Lunatic asylums in Bengal annual reports 1888-1898 - 1888-1898
Year: 1888
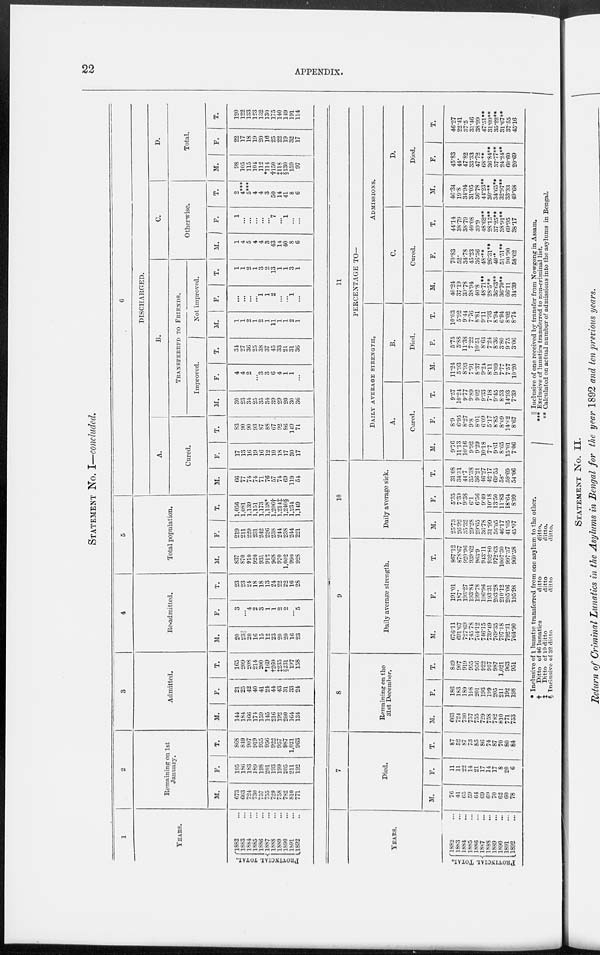
22
APPENDIX.
STATEMENT No. I—concluded.
1
YEARS.
PROVINCIAL TOTAL.
1882 ...
1883 ...
1884 ...
1885 ...
1886 ...
1887 ...
1888 ...
1889 ...
1890 ...
1891 ...
1892 ...
2
Remaining on 1st
January.
M.
673
663
724
730
757
755
729
758
782
810
771
F.
195
186
183
189
198
201
193
199
205
211
192
T.
868
849
907
919
955
956
922
957
987
1,021
963
3
Admitted.
M.
144
184
166
174
159
145
216
192
200
164
134
F.
21
25
42
40
41
24
44
43
31
33
24
T.
165
209
208
214
200
*169
†260
‡235
§231
197
158
4
Re-admitted.
M.
20
23||
20
16
15
12
23
20
20
16
23
F.
3
...
4
2
3
1
1
2
2
...
5
T.
23
23
24
18
18
13
24
22
22
16
28
5
Total population.
M.
837
870
910
920
931
912
968
970
1,002
990
928
F.
219
211
229
231
242
226
238
244
238
244
221
T.
1,056
1,081
1,139
1,151
1,173
1,138*
l,206†
1,214‡
1,240§
1,234
1,149
6
DISCHARGED.
A.
Cured.
M.
66
77
74
74
71
76
57
74
69
119
54
F.
17
13
16
19
16
12
10
18
17
30
17
T.
83
90
90
93
87
88
67
92
86
149
71
B.
TRANSFERRED TO FRIENDS.
Improved.
M.
30
23
34
25
35
34
39
29
20
30
36
F.
4
4
2
...
3
3
6
4
1
1
...
T.
34
27
36
25
38
37
45
33
21
31
36
Not improved.
M.
1
1
2
1
2
1
11
1
1
2
1
F.
...
...
...
...
1
1
2
...
...
1
...
T.
1
1
2
1
3
2
13
1
1
3
1
C.
Otherwise.
M.
1
4
5
4
4
3
43
14
40
8
6
F.
1
...
...
...
...
...
7
...
1
...
...
T.
2
4***
5***
4
4
3
50
14
41
8
6
D.
Total.
M.
98
105
115
104
112
*114
†150
‡118
§130
159
97
F.
22
17
18
19
20
16
25
22
19
32
17
T.
120
122
133
123
132
130
175
140
149
191
114
YEARS.
PROVINCIAL TOTAL.
1882 ...
1883 ...
1884 ...
1885 ...
1886 ...
1887 ...
1888 ...
1889 ...
1890 ...
1891 ...
1892 ...
7
Died.
M.
76
41
65
59
64
69
60
70
62
60
78
F.
11
11
22
14
21
17
14
17
8
20
6
T.
87
52
87
73
85
86
74
87
70
80
84
8
Remaining on the
31st December.
M.
663
724
730
757
755
729
758
782
810
771
753
F.
186
183
189
198
201
193
199
205
211
192
198
T.
849
907
919
955
956
922
957
987
1,021
963
951
9
Daily average strength.
M.
676.11
691.67
727.69
745.78
764.12
746.15
739.49
769.35
797.18
792.31
764.90
F.
191.01
187.
193.27
193.84
199.78
196.96
193.31
203.28
210.12
205.06
195.98
T.
867.12
878.67
920.96
939.62
963.9
943.11
932.80
972.63
1007.30
997.37
960.58
10
Daily average sick.
M.
25.73
26.92
35.32
29.28
29.65
36.78
31.99
56.05
46.17
41.05
45.07
F.
5.35
7.39
9.38
6.1
6.56
9.49
10.18
13.50
11.83
18.64
8.99
T.
31.08
34.31
44.7
35.38
36.21
46.27
42.17
69.55
58.
59.69
54.06
11
PERCENTAGE TO—
DAILY AVERAGE STRENGTH.
A.
Cured.
M.
9.76
11.13
10.16
9.92
9.29
10.18
7.7
9.61
8.65
15.01
7.06
F.
8.9
6.95
8.27
9.8
8.01
6.09
5.17
8.85
8.09
14.62
8.67
T.
9.57
10.24
9.77
9.89
9.02
9.33
7.18
9.45
8.53
14.93
7.39
B.
Died.
M.
11.24
5.93
8.93
7.91
8.37
9.24
8.11
9.09
7.77
7.57
10.20
F.
5.75
5.88
11.38
7.22
10.51
8.63
7.24
8.36
3.80
9.75
3.06
T.
10.03
5.92
9.44
7.76
8.81
9.11
7.93
8.94
6.94
8.02
8.74
ADMISSIONS.
C.
Cured.
M.
40.24
37.19
39.78
38.94
40.8
48.71**
28.5**
36.63**
36.70**
66.11
34.39
F.
70.83
52.
34.78
45.23
36.36
48.**
26.31**
40.*
51.51**
90.90
58.62
T.
44.14
38.79
38.79
40.08
39.9
48.62**
28.15**
37.25**
38.91**
69.95
38.17
D.
Died.
M.
46.34
19.8
34.94
31.05
36.78
44.23**
30.**
34.65**
32.97**
33.33
49.68
F.
45.83
44.
47.82
33.33
47.72
68.**
36.84**
37.77**
24.24**
60.60
20.69
T.
46.27
22.41
37.5
31.46
38.99
47.51**
31.09**
35.22**
31.67**
37.55
45.16
* Inclusive of 1 lunatic transferred from one asylum to the other.
†
Ditto of 46 lunatics
‡
Ditto of 10 ditto
§ Inclusive of 32 ditto
ditto
ditto
ditto
ditto.
ditto.
ditto.
|| Inclusive of one received by transfer from Nowgong in Assam.
*** Exclusive of lunatics transferred to non-criminal list.
** Calculated on actual number of admissions into the asylums in Bengal.